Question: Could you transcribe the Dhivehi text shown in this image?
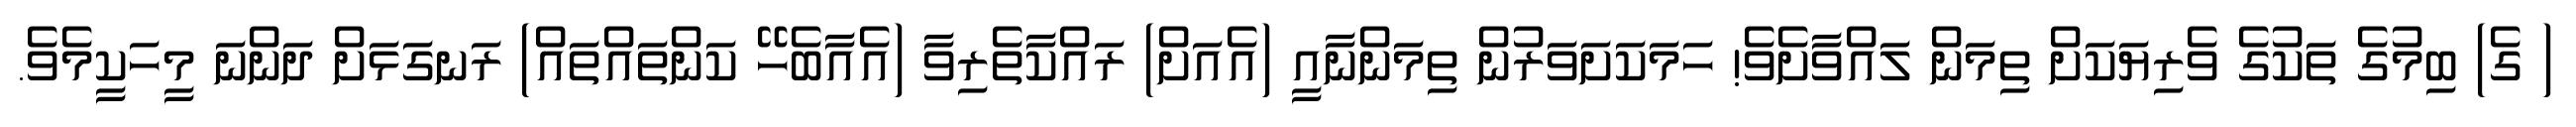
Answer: ( ގެ) ބިމުގެ ތަކުގެ ވެރިޔަކަށް ތިމަން ލައްވާށެވެ! ހަމަކަށަވަރުން ތިމަންނާއީ (އެއަށް) ރައްކާތެރިވާ (އެއާބެހޭ ކަންތައްތައް) ރަނގަޅަށް ދަންނަ މީހަކީމެވެ.